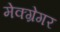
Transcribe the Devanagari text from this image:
मेक्ग्रेगर